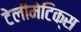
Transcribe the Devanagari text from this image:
टेलीमेटिक्स